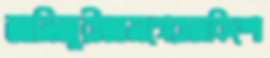
জামিজুরীআমাগেরাজকিশো